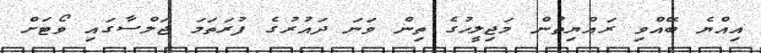
އިއްޔެ ބޭއްވި ރައްޔިތުން މަޖިލީހުގެ ތިން ވަނަ ދައުރުގެ ފުރަތަމަ ޖަލްސާގައި ވޯޓަށް